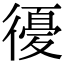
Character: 𢕶